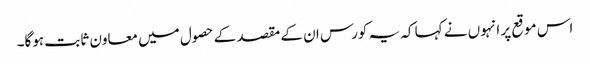
اس موقع پر انہوں نے کہا کہ یہ کورس ان کے مقصد کے حصول میں معاون ثابت ہوگا۔